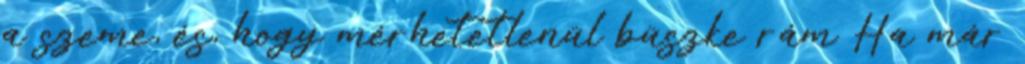
a szeme, és, hogy mérhetetlenül büszke rám Ha már